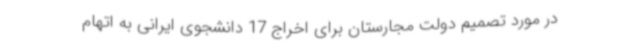
در مورد تصمیم دولت مجارستان برای اخراج 17 دانشجوی ایرانی به اتهام